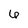
Character: 6